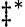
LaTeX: \ddagger^{*}